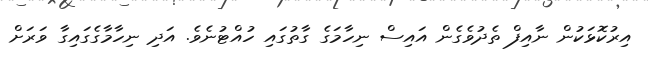
އިރުކޮޅަކުން ނާއިފް ތެދުވެގެން އައިސް ނިހާމަގެ ގާތުގައި ހުއްޓުނެވެ. އަދި ނިހާމާގެގައިގާ ވަރަށް